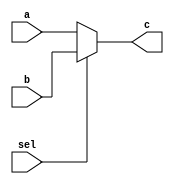
`timescale 1ns / 1ps
//////////////////////////////////////////////////////////////////////////////////
// Company: 
// Engineer: 
// 
// Design Name: 
// Module Name:    mux322 
// Project Name: 
// Target Devices: 
// Tool versions: 
// Description: 
//
// Dependencies: 
//
// Revision: 
// Revision 0.01 - File Created
// Additional Comments: 
//
//////////////////////////////////////////////////////////////////////////////////
module mux322(a,b,sel,c);
	input [31:0] a;
	input [31:0] b;
	input sel;
	output [31:0] c;
	reg [31:0] C1;
	assign c=C1;
	always@(*) begin
		if(sel==1) C1<=b;
		else C1<=a;
	end


endmodule